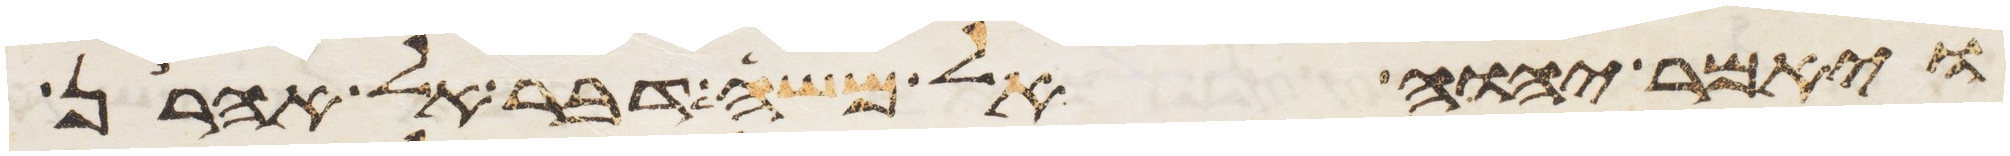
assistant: ויאמר יהוה אל משה דבר אל אהרן